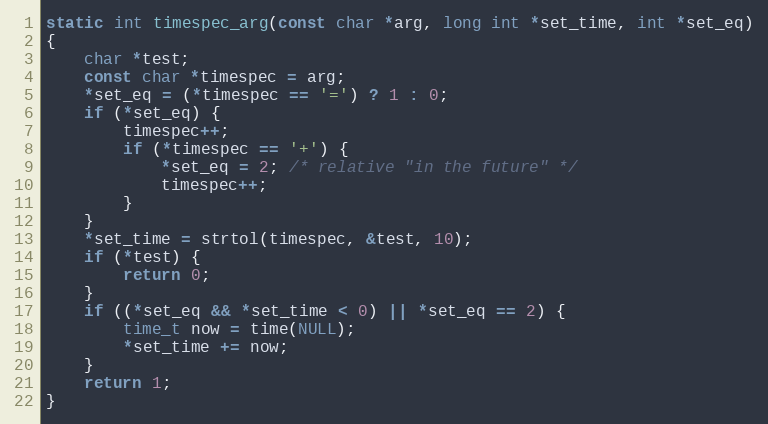
Language: C
static int timespec_arg(const char *arg, long int *set_time, int *set_eq)
{
	char *test;
	const char *timespec = arg;
	*set_eq = (*timespec == '=') ? 1 : 0;
	if (*set_eq) {
		timespec++;
		if (*timespec == '+') {
			*set_eq = 2; /* relative "in the future" */
			timespec++;
		}
	}
	*set_time = strtol(timespec, &test, 10);
	if (*test) {
		return 0;
	}
	if ((*set_eq && *set_time < 0) || *set_eq == 2) {
		time_t now = time(NULL);
		*set_time += now;
	}
	return 1;
}